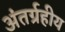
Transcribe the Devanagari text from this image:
अंतर्ग्रहीय